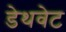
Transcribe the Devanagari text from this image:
डेथवेट